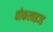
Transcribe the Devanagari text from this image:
वोकलाइज्ड